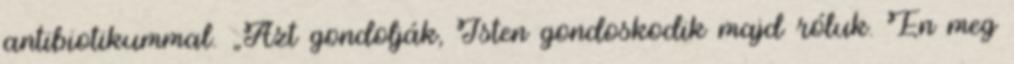
antibiotikummal. „Azt gondolják, Isten gondoskodik majd róluk. Én meg